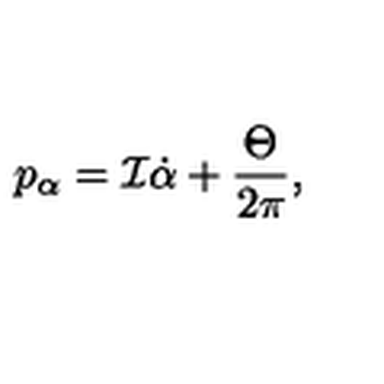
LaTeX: p _ { \alpha } = { \cal I } \dot { \alpha } + \frac { \Theta } { 2 \pi } ,